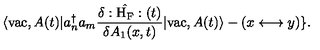
\langle \mathrm { v a c } , A ( t ) | a _ { n } ^ { \dagger } a _ { m } \frac { \delta : \hat { \mathrm { H } _ { \mathrm { F } } } : ( t ) } { \delta A _ { 1 } ( x , t ) } | \mathrm { v a c } , A ( t ) \rangle - ( x \longleftrightarrow y ) \} .